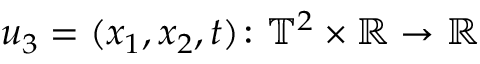
u _ { 3 } = ( x _ { 1 } , x _ { 2 } , t ) \colon \ensuremath { \mathbb { T } } ^ { 2 } \times \ensuremath { \mathbb { R } } \to \ensuremath { \mathbb { R } }